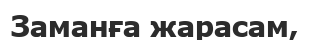
Заманға жарасам,